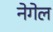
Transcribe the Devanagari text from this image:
नेगेल